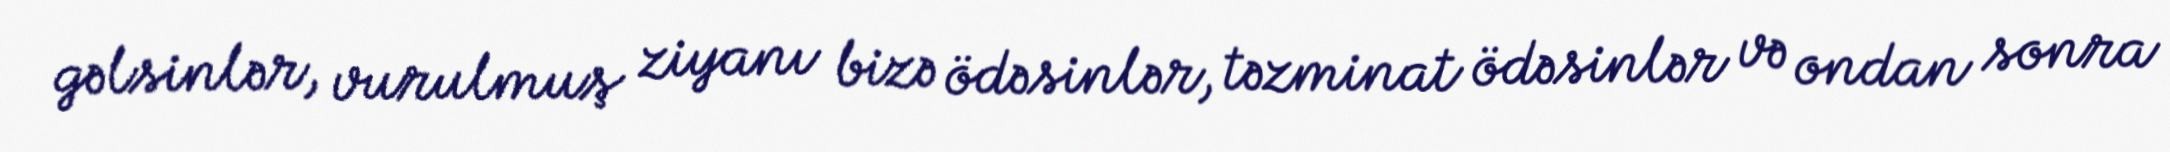
gəlsinlər, vurulmuş ziyanı bizə ödəsinlər, təzminat ödəsinlər və ondan sonra